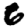
Digit: 6